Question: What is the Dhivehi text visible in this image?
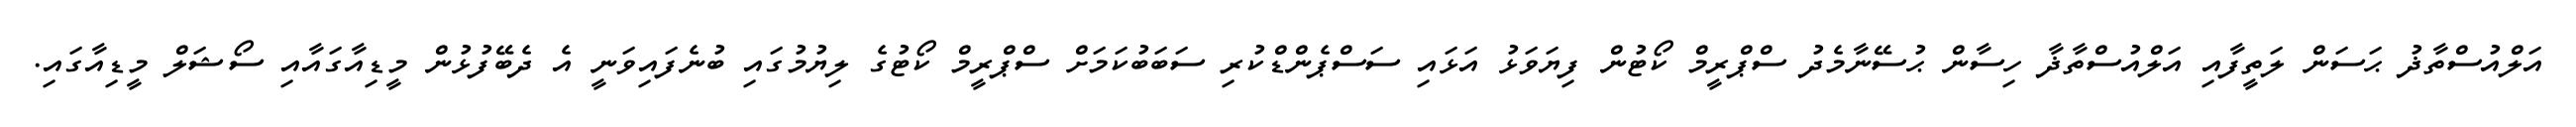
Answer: އަލްއުސްތާޛު ޙަސަން ލަތީފާއި އަލްއުސްތާޛާ ހިސާން ޙުސޭނާމެދު ސްޕްރީމް ކޯޓުން ފިޔަވަޅު އަޅައި ސަސްޕެންޑްކުރި ސަބަބުކަމަށް ސްޕްރީމް ކޯޓުގެ ލިޔުމުގައި ބުނެފައިވަނީ އެ ދެބޭފުޅުން މީޑިއާގައާއި ސޯޝަލް މީޑިއާގައި.